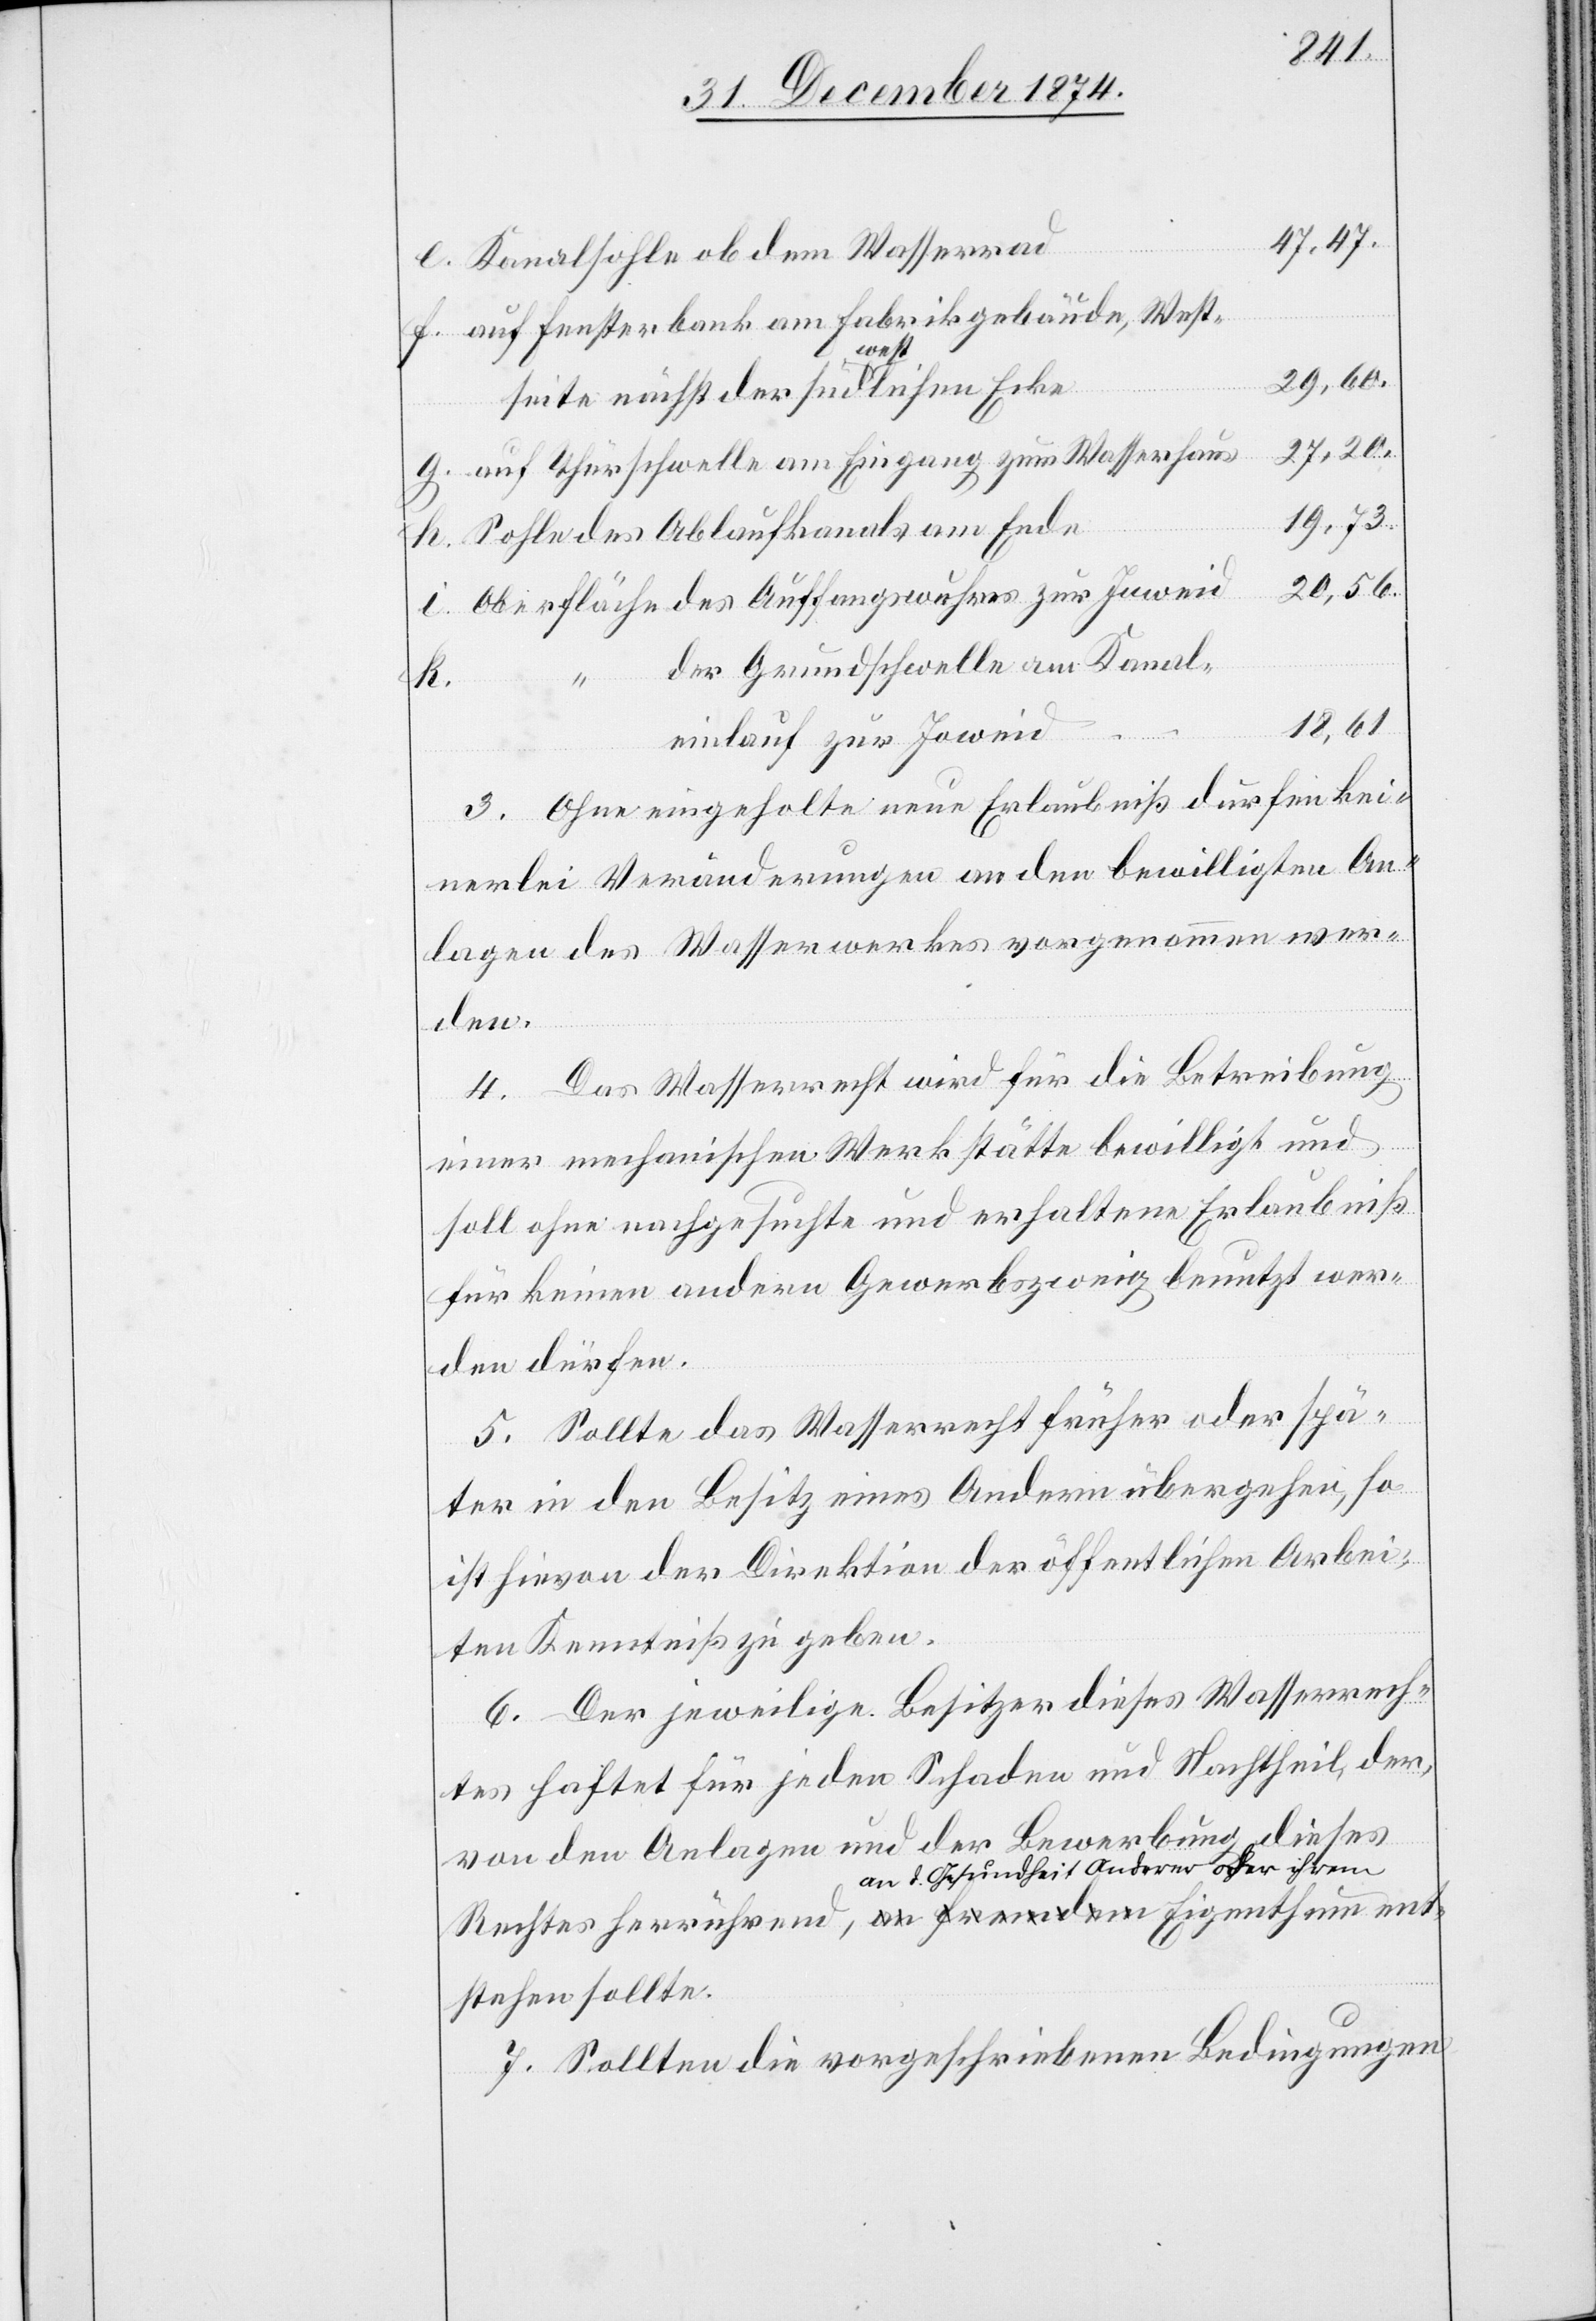
47,47.
f.
Kanalsohle ob dem Wasserrad
brikgebäude, West¬
29,60.
“
her¬
seite nächst der südwestlichen Ecke
auf Thürschwelle am Eingang zum Wasserhaus
19,73.
Sohle des Ablaufkanals am Ende
20,56.
Oberfläche des Auffangswuhres zur Inweid
der Grundschwelle am Kanal¬
ent¬
k.
18,61.
einlauf zur Joweid
3. Ohne eingeholte neue Erlaubniß dürfen kei¬
nerlei Veränderungen an den bewilligten An¬
lagen des Wasserwerkes vorgenommen wer¬
den.
4. Das Wasserrecht wird für die Betreibung
einer mechanischen Werkstätte bewilligt und
soll ohne nachgesuchte und erhaltene Erlaubniß
für keinen andern Gewerbszweig benutzt wer¬
den dürfen.
5. Sollte das Wasserrecht früher oder spä¬
ter in den Besitz eines Andern übergehen, so
ist hievon der Direktion der öffentlichen Arbei¬
ten Kenntniß zu geben.
6. Der jeweilige Besitzer dieses Wasserrech¬
tes haftet für jeden Schaden und Nachtheil, der,
von den Anlagen und der Bewerbung dieses
an d. Gesundheit Anderer oder ihrem-a
stehen sollte.
7. Sollten die vorgeschriebenen Bedingungen